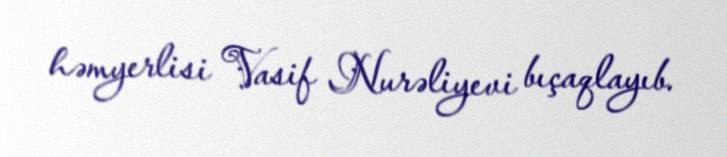
həmyerlisi Vasif Nurəliyevi bıçaqlayıb.